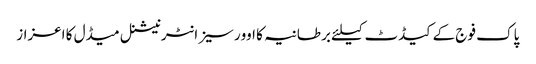
پاک فوج کے کیڈٹ کیلئے برطانیہ کا اوورسیز انٹرنیشنل میڈل کا اعزاز